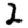
Digit: 2